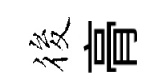
筱𮌔